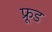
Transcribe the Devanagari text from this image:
फ्रूड